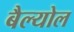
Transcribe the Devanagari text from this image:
बैल्योल